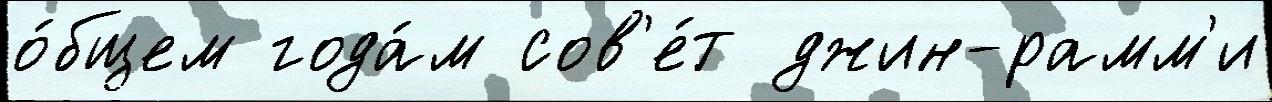
о́бщем года́м сов'е́т джин-рамм'и